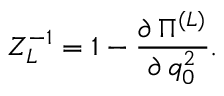
Z _ { L } ^ { - 1 } = 1 - \frac { \partial \, \Pi ^ { ( L ) } } { \partial \, q _ { 0 } ^ { 2 } } .